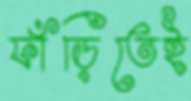
ফাঁড়িতেই